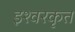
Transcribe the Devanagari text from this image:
इश्वरकृत